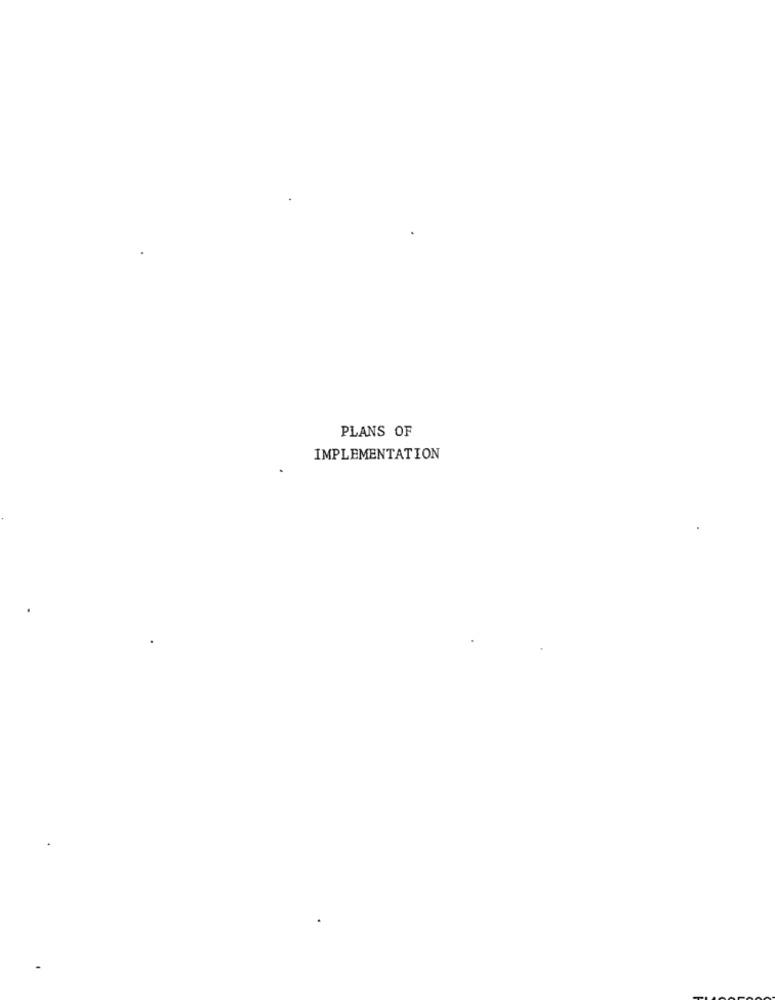
PLANS OF
IMPLEMENTATION